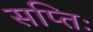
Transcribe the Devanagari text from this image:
सप्तिः